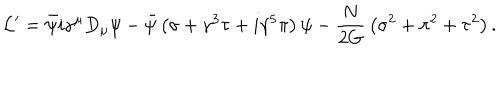
{ \cal L } ^ { \prime } = \bar { \psi } i \gamma ^ { \mu } D _ { \mu } \psi - \bar { \psi } \left( \sigma + \gamma ^ { 3 } \tau + i \gamma ^ { 5 } \pi \right) \psi - { \frac { N } { 2 G } } \left( \sigma ^ { 2 } + \pi ^ { 2 } + \tau ^ { 2 } \right) .